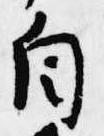
自